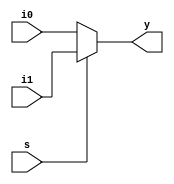
module mux2by1_16D(i1,i0,s,y);
	parameter n=16;
	input [n-1:0] i1,i0;
	output [n-1:0] y;
	input s;
	
	assign y=s?i1:i0;
	
endmodule

module comp8(a,b,gt,eq,lt);
	
	parameter Data_bits =8;
	
	input [Data_bits-1:0] a,b;
	output gt,eq,lt;
	
	assign gt =(a>b);
	assign lt = (a<b);
	assign eq=(a==b);
	
endmodule

module minmax (a,b,min,max);
	input [7:0] a,b;
	output [7:0] min,max;
	
	wire gt,eq,lt;
	
	//minmax q2(.a(),.b(),.min(),.max());
	
	comp8 d1 (a,b,gt,eq,lt);
	
	mux2by1_16D d2(.i1({a,b}),.i0({b,a}),.s(gt),.y({max,min}));
	
endmodule